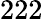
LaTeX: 222